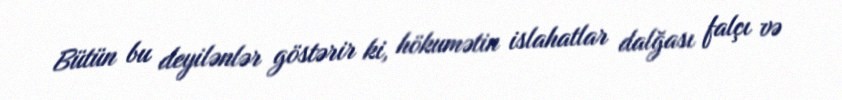
Bütün bu deyilənlər göstərir ki, hökumətin islahatlar dalğası falçı və